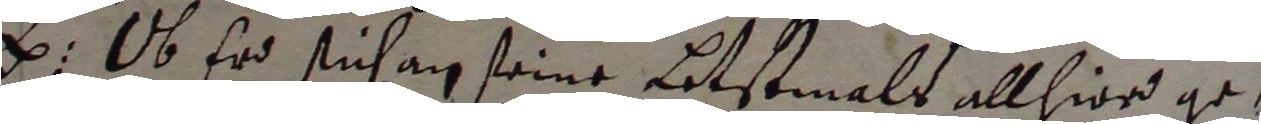
z. Ob er sich an seine letstmals allhier ge